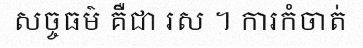
សច្ចធម៌ គឺជា រស ។ ការកំចាត់